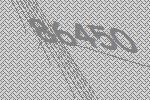
86450